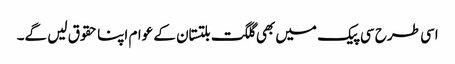
اسی طرح سی پیک میں بھی گلگت بلتستان کے عوام اپنا حقوق لیں گے۔